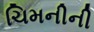
ચિમનીની